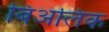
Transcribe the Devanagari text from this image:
बिअलिक